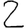
Digit: 2